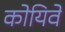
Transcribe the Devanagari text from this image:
कोयिवे